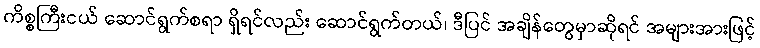
ကိစ္စကြီးငယ် ဆောင်ရွက်စရာ ရှိရင်လည်း ဆောင်ရွက်တယ်၊ ဒီပြင် အချိန်တွေမှာဆိုရင် အများအားဖြင့်